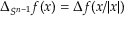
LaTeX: \Delta _ { S ^ { n - 1 } } f ( x ) = \Delta f ( x / | x | )